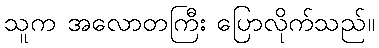
သူက အလောတကြီး ပြောလိုက်သည်။